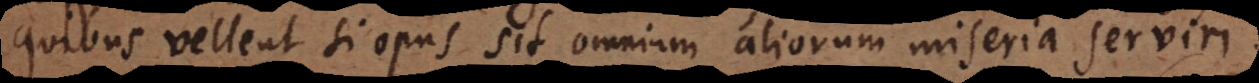
quibus vellent si opus sit omnium aliorum miseria serviri.